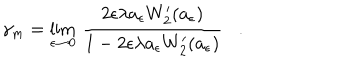
\gamma _ { m } = \lim _ { \epsilon \rightarrow 0 } \, { \frac { 2 \epsilon \lambda a _ { \epsilon } W _ { 2 } ^ { \prime } ( a _ { \epsilon } ) } { 1 - 2 \epsilon \lambda a _ { \epsilon } W _ { 2 } ^ { \prime } ( a _ { \epsilon } ) } } .